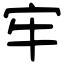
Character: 牢